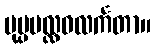
ပုပ္ပပလ္လဝလင်္ကတာ။